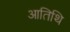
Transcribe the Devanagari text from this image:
आतिथि